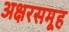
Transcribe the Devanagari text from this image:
अक्षरसमूह